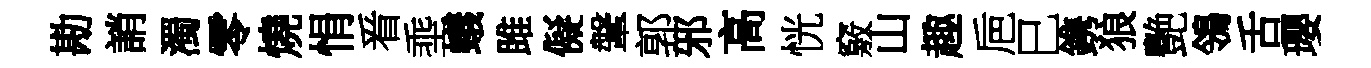
勘誚濁零燒悁㸔埀蟻雎儗鞶郭邪高恍竅山趣巵巳鎸狼艷鴒舌瓔